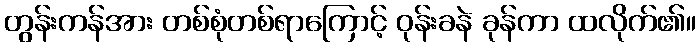
တွန်းကန်အား တစ်စုံတစ်ရာကြောင့် ဝုန်းခနဲ ခုန်ကာ ထလိုက်၏။